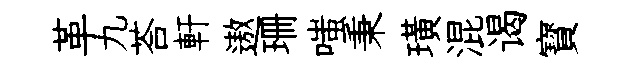
革九荅軒遨珊嗤秉璜混谒寳